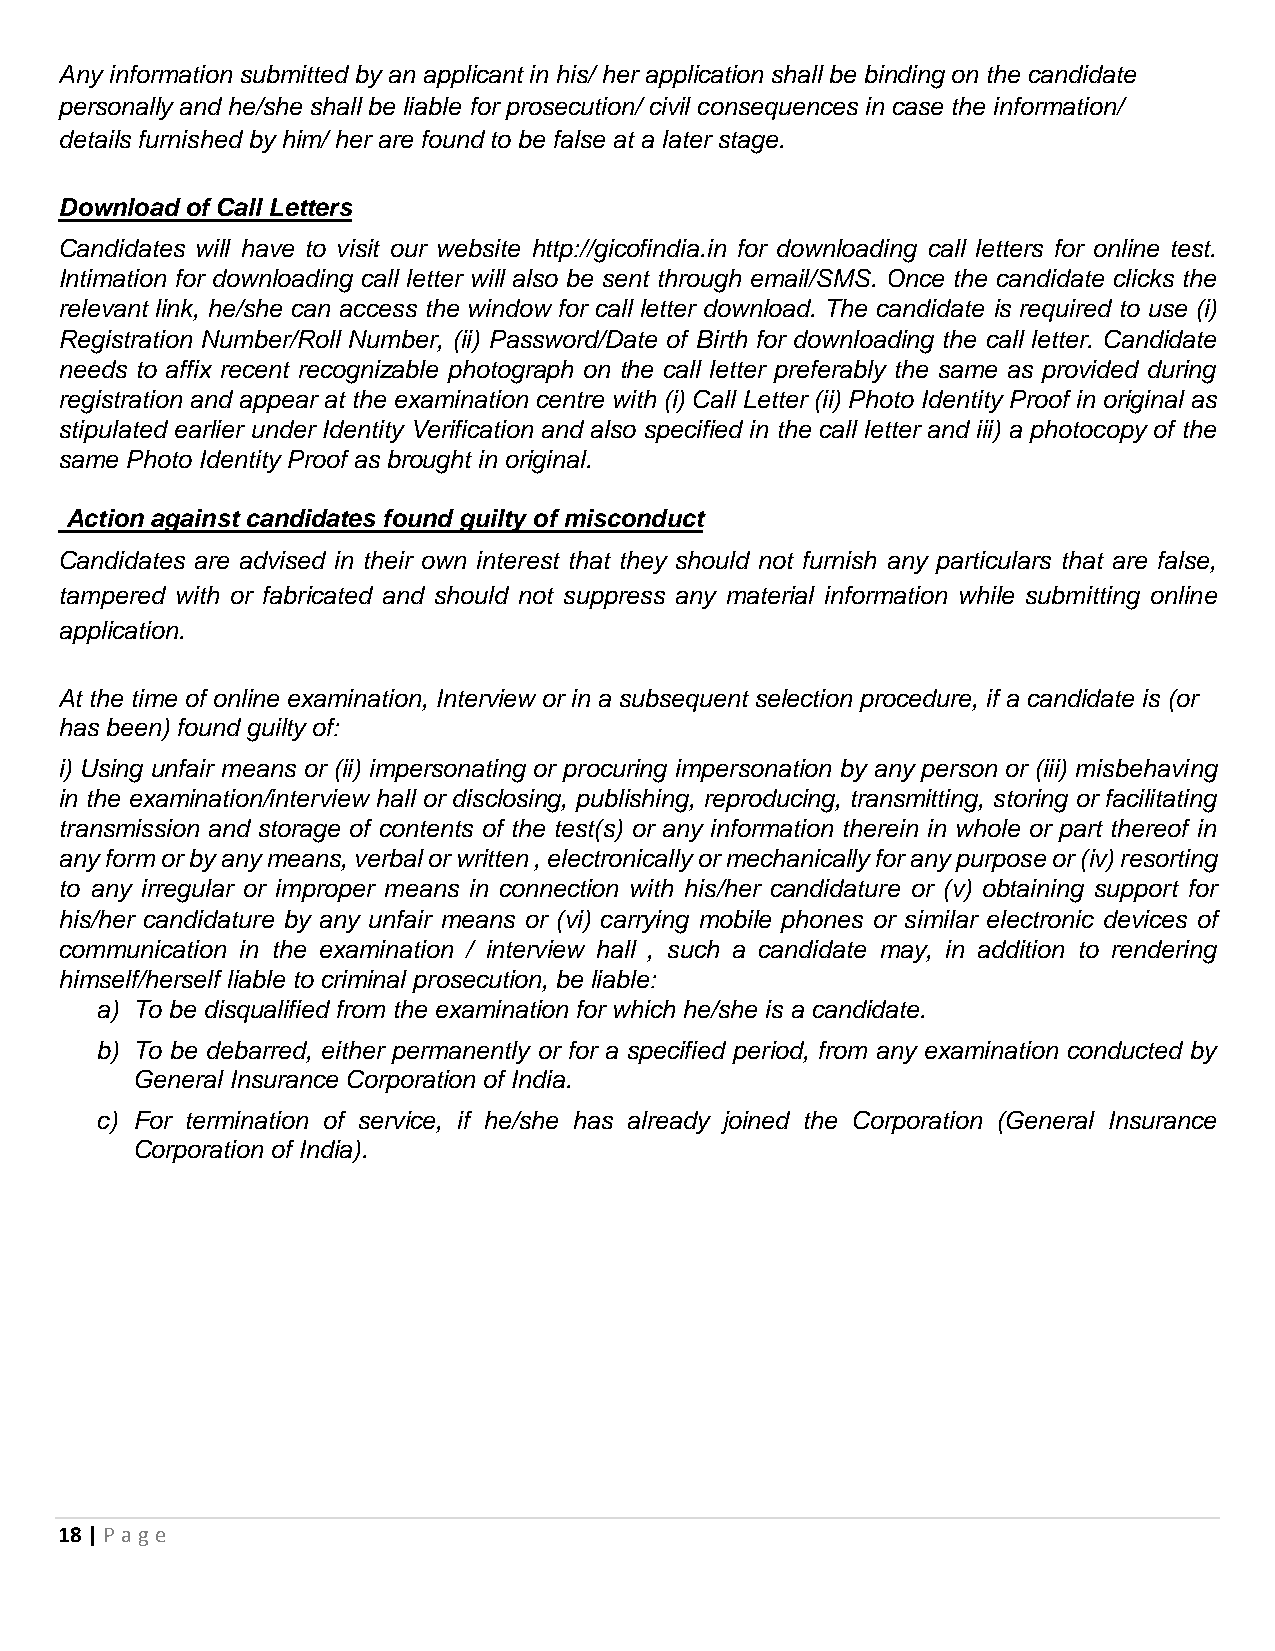
Any information submitted by an applicant in his/ her application shall be binding on the candidate
 personally and he/she shall be liable for prosecution/ civil consequences in case the information/
 details furnished by him/ her are found to be false at a later stage.
 Download of Call Letters
 Candidates will have to visit our website http://gicofindia.in for downloading call letters for online test.
 Intimation for downloading call letter will also be sent through email/SMS. Once the candidate clicks the
 relevant link, he/she can access the window for call letter download. The candidate is required to use (i)
 Registration Number/Roll Number, (ii) Password/Date of Birth for downloading the call letter. Candidate
 needs to affix recent recognizable photograph on the call letter preferably the same as provided during
 registration and appear at the examination centre with (i) Call Letter (ii) Photo Identity Proof in original as
 stipulated earlier under Identity Verification and also specified in the call letter and iii) a photocopy of the
 same Photo Identity Proof as brought in original.
 Action against candidates found guilty of misconduct
 Candidates are advised in their own interest that they should not furnish any particulars that are false,
 tampered with or fabricated and should not suppress any material information while submitting online
 application.
 At the time of online examination, Interview or in a subsequent selection procedure, if a candidate is (or
 has been) found guilty of:
 i) Using unfair means or (ii) impersonating or procuring impersonation by any person or (iii) misbehaving
 in the examination/interview hall or disclosing, publishing, reproducing, transmitting, storing or facilitating
 transmission and storage of contents of the test(s) or any information therein in whole or part thereof in
 any form or by any means, verbal or written , electronically or mechanically for any purpose or (iv) resorting
 to any irregular or improper means in connection with his/her candidature or (v) obtaining support for
 his/her candidature by any unfair means or (vi) carrying mobile phones or similar electronic devices of
 communication in the examination / interview hall , such a candidate may, in addition to rendering
 himself/herself liable to criminal prosecution, be liable:
 a) To be disqualified from the examination for which he/she is a candidate.
 b) To be debarred, either permanently or for a specified period, from any examination conducted by
 General Insurance Corporation of India.
 c) For termination of service, if he/she has already joined the Corporation (General Insurance
 Corporation of India).
 18 | P age